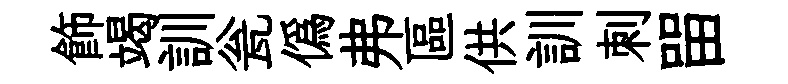
飾竭訓瓮偽弗區供訓刺㽞